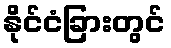
နိုင်ငံခြားတွင်